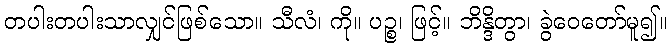
တပါးတပါးသာလျှင်ဖြစ်သော။ သီလံ၊ ကို။ ပဉ္စ၊ ဖြင့်။ ဘိန္ဒိတွာ၊ ခွဲဝေတော်မူ၍။